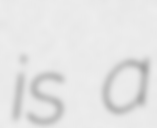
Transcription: is a